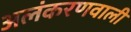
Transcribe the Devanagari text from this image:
अलंकरणवाली